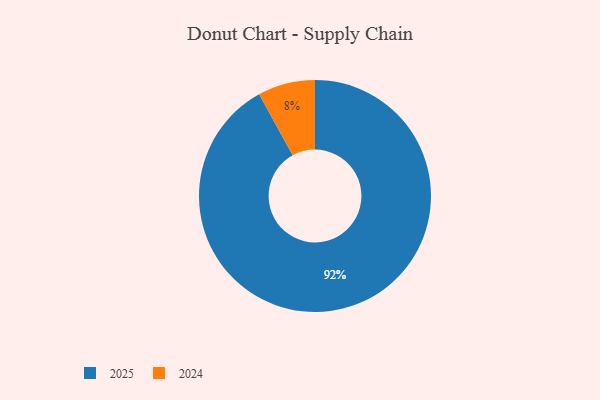
{"axis": {"x": "Category", "y": "Percentage"}, "legend": ["2024", "2025"], "data": [{"x": "2025", "y": 92, "type": "2025"}, {"x": "2024", "y": 8, "type": "2024"}]}